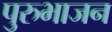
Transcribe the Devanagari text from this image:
पुरुभाजन